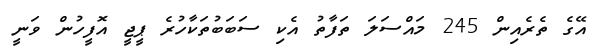
އޭގެ ތެރެއިން 245 މައްސަލަ ތަފާތު އެކި ސަބަބުތަކާހުރެ ޕީޖީ އޮފީހުން ވަނީ